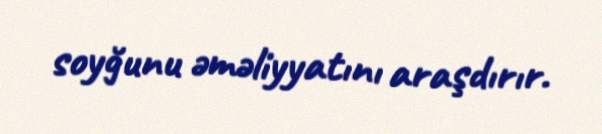
soyğunu əməliyyatını araşdırır.